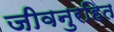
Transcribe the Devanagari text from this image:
जीवनुरहित